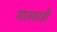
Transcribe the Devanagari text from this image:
मालवाडी